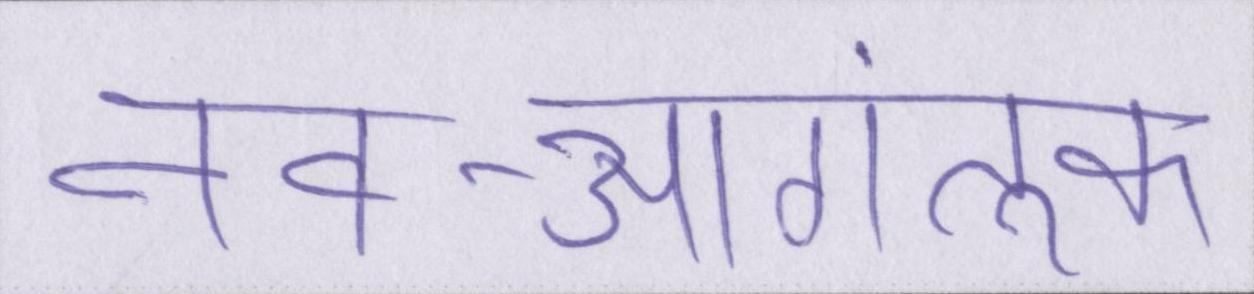
नव-आगंतुक